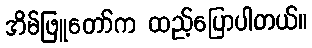
အိမ်ဖြူတော်က ထည့်ပြောပါတယ်။